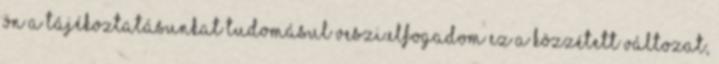
ön a tájékoztatásunkat tudomásul veszi.Elfogadom Ez a közzétett változat,